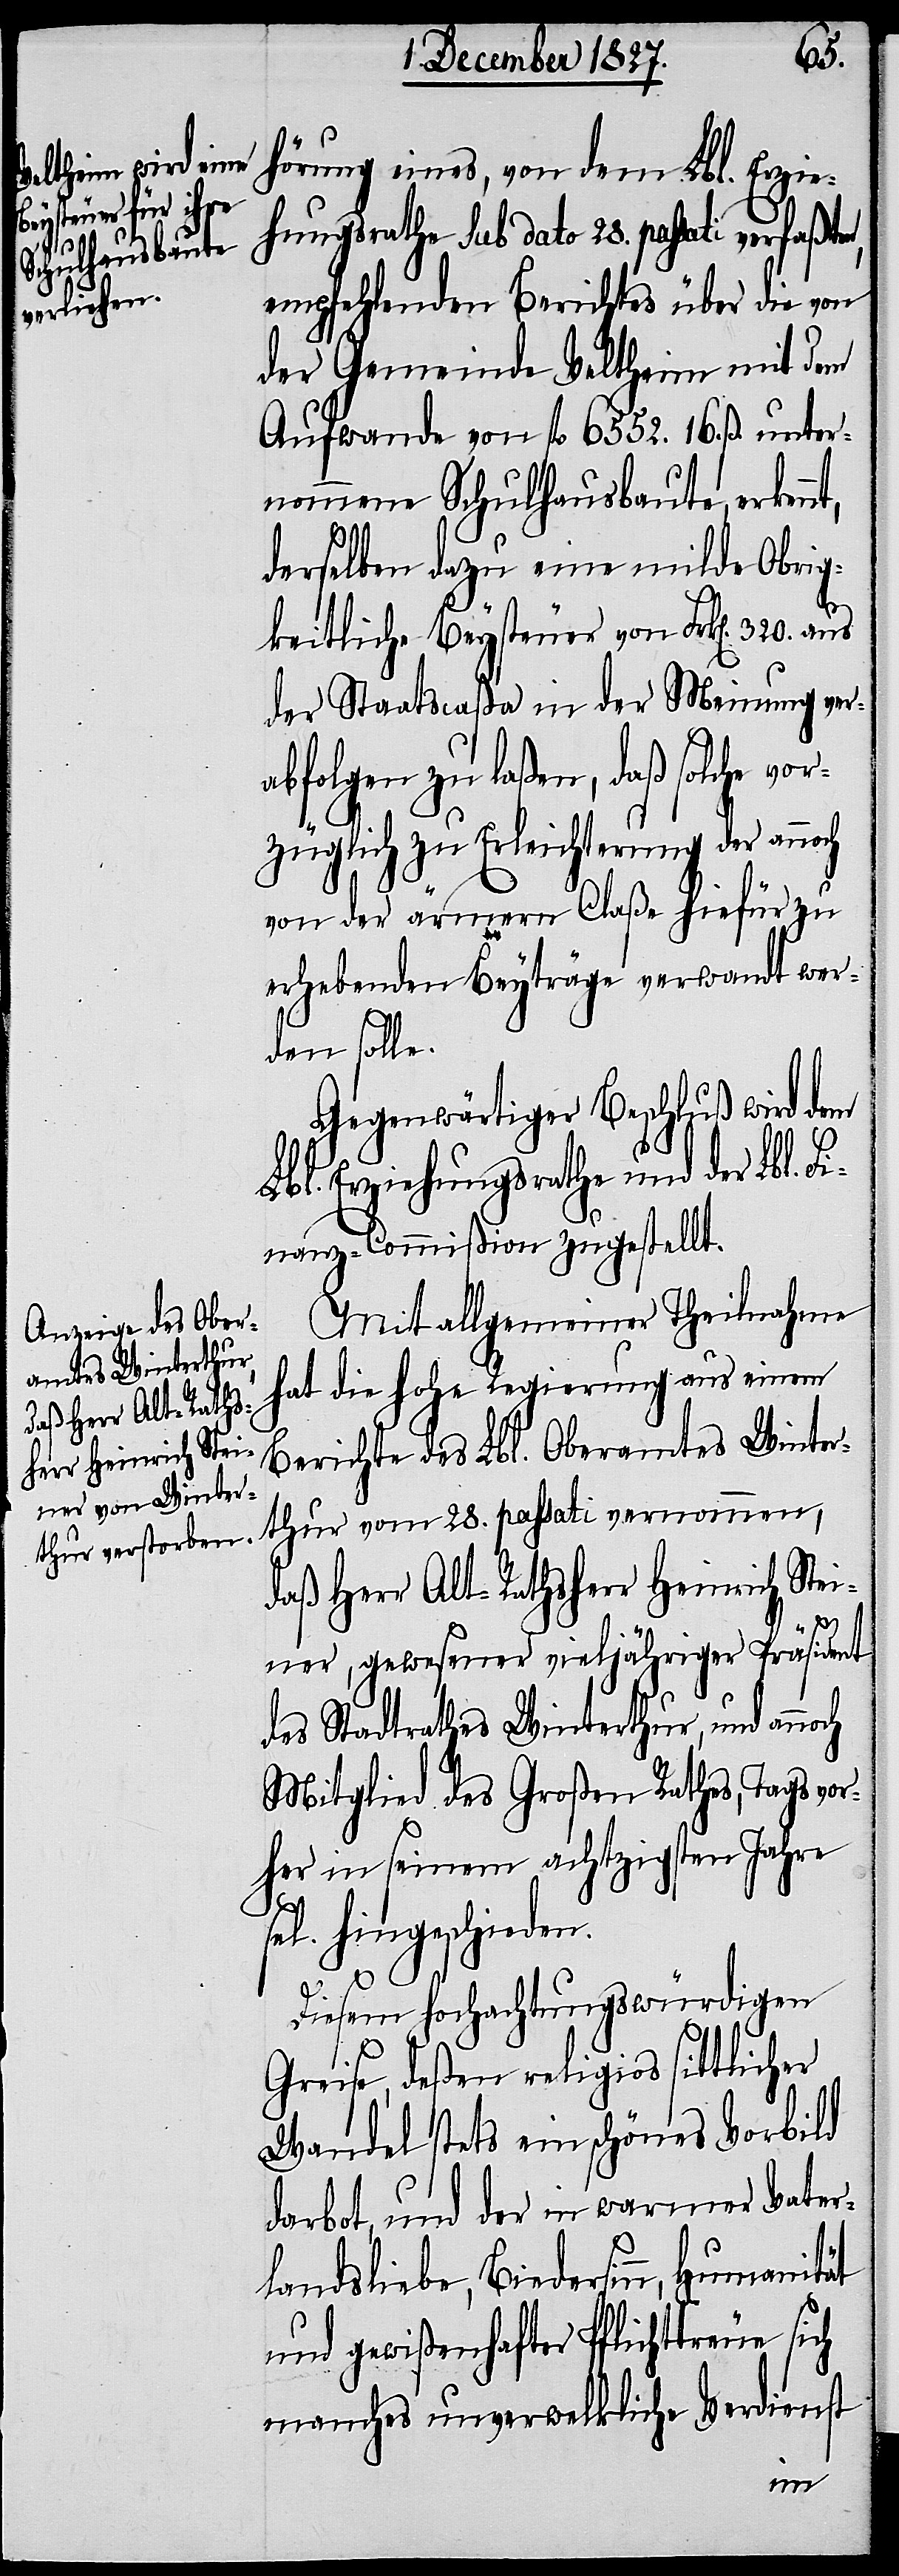
hörung eines, von dem Lbl. Erzie¬
hungsrath Sub dato 28. passati verfaßten,
empfehlenden Berichtes über die von
der Gemeinde Veltheim mit dem
Aufwande von fl. 6552. 16. ß. unter¬
nommene Schulhausbaute, erken¬
derselben dazu eine milde Obrig¬
keitliche Beysteuer von Frk[en]. 320. aus
der Staatscaßa in der Meinung ver¬
abfolgen zu laßen, daß solche vor¬
züglich zu Erleichterung der an¬
von der ärmern Claße hiefür zu
erhebenden Beyträge verwandt wer¬
den solle.
Gegenwärtiger Beschluß wird dem
Lbl. Erziehungsrathe und der Llb.
Finanz-Commißion zugestellt.
Mit allgemeiner Theilnahme
hat die hohe Regierung aus einem
Berichte des Lbl. Oberamtes Winter¬
daß Herr Alt-Rathsherr Heinrich Stei¬
vernommen,
ner, gewesener vieljähriger Präsident
des Stadtrathes Winterthur, und annoch
Mitglied des Großen Rathes, Tags vor¬
her in seinem achtzigsten Jahre
hingeschieden.
Diesem hochachtungswürdigen
Greise, deßen religios sittlicher
Wandel stets ein schönes Vorbild
darbot, und der in warmer Vater¬
landsliebe, Biedersinn, Humanität
und gewißenhafter Pflichttreue sich
manches unverwelkliche Verdienst
noch